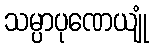
သမ္ပာပုဏေယျုံ